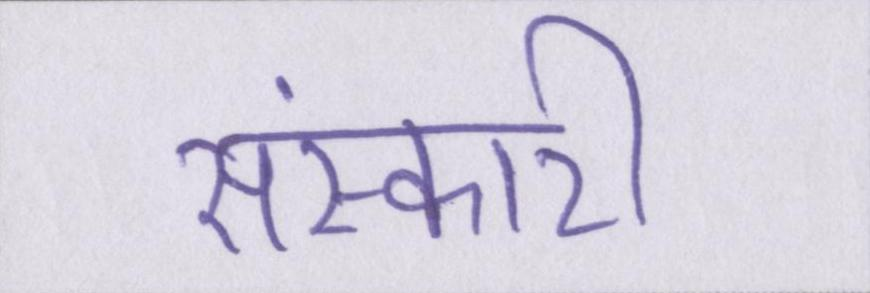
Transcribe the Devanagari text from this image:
संस्कारी